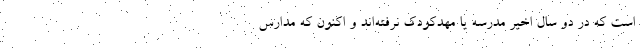
است که در دو سال اخیر مدرسه یا مهدکودک نرفته‌اند و اکنون که مدارس